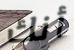
أنك